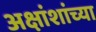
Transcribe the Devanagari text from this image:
अक्षांशांच्या